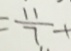
= \frac { 1 1 } { 7 } +